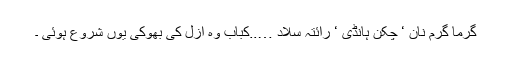
گرما گرم نان ‘ چکن ہانڈی ‘ رائتہ سلاد …..کباب وہ ازل کی بھوکی یوں شروع ہوئی ۔